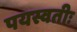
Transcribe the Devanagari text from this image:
पयस्वतीः